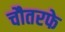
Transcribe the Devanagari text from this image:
चौतरफे